Annual report on the Civil Veterinary Department, Burma (including the Insein Veterinary School) - 1932-1941
Year: 1932
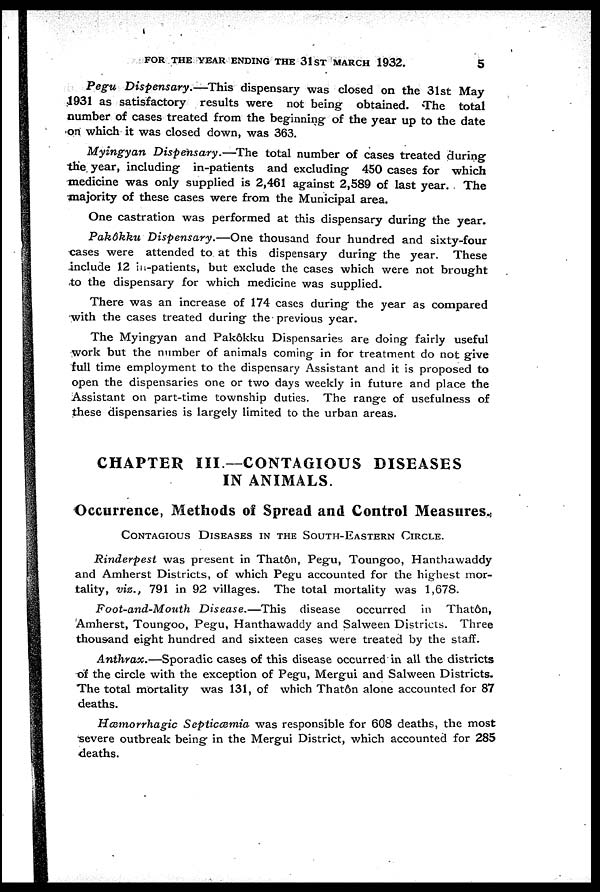
FOR THE YEAR ENDING THE 31ST MARCH 1932.
5
Pegu Dispensary.—This dispensary was closed on the 31st May
1931 as satisfactory results were not being obtained. The total
number of cases treated from the beginning of the year up to the date
on which it was closed down, was 363.
Myingyan Dispensary.—The total number of cases treated during
the year, including in-patients and excluding 450 cases for which
medicine was only supplied is 2,461 against 2,589 of last year. The
majority of these cases were from the Municipal area.
One castration was performed at this dispensary during the year.
Pakôkku Dispensary.—One thousand four hundred and sixty-four
cases were attended to at this dispensary during the year. These
include 12 in-patients, but exclude the cases which were not brought
to the dispensary for which medicine was supplied.
There was an increase of 174 cases during the year as compared
with the cases treated during the previous year.
The Myingyan and Pakôkku Dispensaries are doing fairly useful
work but the number of animals coming in for treatment do not give
full time employment to the dispensary Assistant and it is proposed to
open the dispensaries one or two days weekly in future and place the
Assistant on part-time township duties. The range of usefulness of
these dispensaries is largely limited to the urban areas.
CHAPTER III.—CONTAGIOUS DISEASES
IN ANIMALS.
Occurrence, Methods of Spread and Control Measures.
CONTAGIOUS DISEASES IN THE SOUTH-EASTERN CIRCLE.
Rinderpest was present in Thatôn, Pegu, Toungoo, Hanthawaddy
and Amherst Districts, of which Pegu accounted for the highest mor-
tality, viz., 791 in 92 villages. The total mortality was 1,678.
Foot-and-Mouth Disease.—This
disease occurred in Thatôn,
Amherst, Toungoo, Pegu, Hanthawaddy and Salween Districts. Three
thous and eight hundred and sixteen cases were treated by the staff.
Anthrax.—Sporadic cases of this disease occurred in all the districts
of the circle with the exception of Pegu, Mergui and Salween Districts.
The total mortality was 131, of which Thatôn alone accounted for 87
deaths.
Hæmorrhagic Septicæmia was responsible for 608 deaths, the most
severe outbreak being in the Mergui District, which accounted for 285
deaths.